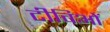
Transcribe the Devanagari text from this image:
टीविओं